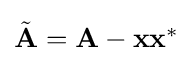
{\textstyle {\tilde {\mathbf {A} }}=\mathbf {A} -\mathbf {x} \mathbf {x} ^{*}}